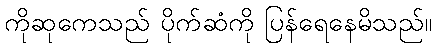
ကိုဆုကေသည် ပိုက်ဆံကို ပြန်ရေနေမိသည်။